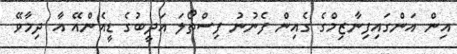
އިން އަންގައިފިނާޒިމްގެ ގެއިން ފެނުނު ފިސްތޯލަ އަދީބުގެ ޑީއެންއޭ އާ ދިމާވޭ